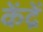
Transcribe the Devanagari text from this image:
केंद्रें